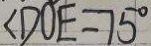
\angle D O E = 7 5 ^ { \circ }